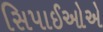
સિપાઈઓએ